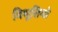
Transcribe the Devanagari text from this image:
विभूतियो